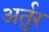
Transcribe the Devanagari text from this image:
अर्तुर